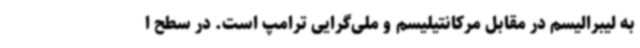
به لیبرالیسم در مقابل مرکانتیلیسم و ملی‌گرایی ترامپ است. در سطح ا